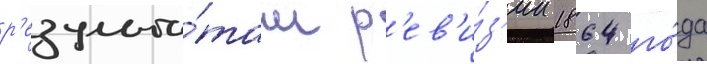
р'езульта́там р'ев'и́з'ии 1864 го́да